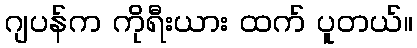
ဂျပန်က ကိုရီးယား ထက် ပူတယ်။